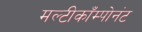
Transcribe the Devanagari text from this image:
मल्टीकाँम्पोनंट